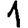
Digit: 1